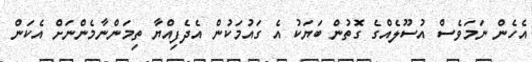
އެހެން ނަމަވެސް އުސޫލެއްގެ ގޮތުން ބަޔަކު އެ ގައުމަކުން އެދެފިއްޔާ ތިމަންނާމެންނަށް އެކަން